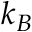
k _ { B }